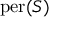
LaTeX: \mathrm { p e r } ( S )